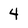
Character: 4